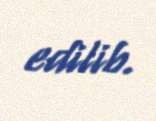
edilib.